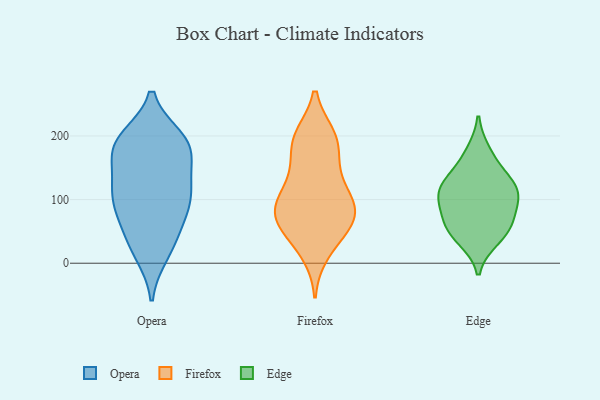
{"axis": {"x": "Tickets Resolved", "y": "Value"}, "legend": ["Edge", "Firefox", "Opera"], "data": [{"x": "", "y": 112, "type": "Opera"}, {"x": "", "y": 125, "type": "Opera"}, {"x": "", "y": 106, "type": "Opera"}, {"x": "", "y": 178, "type": "Opera"}, {"x": "", "y": 180, "type": "Opera"}, {"x": "", "y": 130, "type": "Opera"}, {"x": "", "y": 98, "type": "Opera"}, {"x": "", "y": 76, "type": "Opera"}, {"x": "", "y": 42, "type": "Opera"}, {"x": "", "y": 26, "type": "Opera"}, {"x": "", "y": 193, "type": "Opera"}, {"x": "", "y": 186, "type": "Opera"}, {"x": "", "y": 16, "type": "Opera"}, {"x": "", "y": 195, "type": "Opera"}, {"x": "", "y": 78, "type": "Opera"}, {"x": "", "y": 180, "type": "Opera"}, {"x": "", "y": 17, "type": "Firefox"}, {"x": "", "y": 192, "type": "Firefox"}, {"x": "", "y": 196, "type": "Firefox"}, {"x": "", "y": 89, "type": "Firefox"}, {"x": "", "y": 75, "type": "Firefox"}, {"x": "", "y": 35, "type": "Firefox"}, {"x": "", "y": 87, "type": "Firefox"}, {"x": "", "y": 83, "type": "Firefox"}, {"x": "", "y": 106, "type": "Firefox"}, {"x": "", "y": 56, "type": "Firefox"}, {"x": "", "y": 66, "type": "Firefox"}, {"x": "", "y": 114, "type": "Firefox"}, {"x": "", "y": 70, "type": "Firefox"}, {"x": "", "y": 147, "type": "Firefox"}, {"x": "", "y": 146, "type": "Firefox"}, {"x": "", "y": 199, "type": "Firefox"}, {"x": "", "y": 194, "type": "Firefox"}, {"x": "", "y": 114, "type": "Edge"}, {"x": "", "y": 55, "type": "Edge"}, {"x": "", "y": 114, "type": "Edge"}, {"x": "", "y": 38, "type": "Edge"}, {"x": "", "y": 120, "type": "Edge"}, {"x": "", "y": 110, "type": "Edge"}, {"x": "", "y": 50, "type": "Edge"}, {"x": "", "y": 73, "type": "Edge"}, {"x": "", "y": 175, "type": "Edge"}, {"x": "", "y": 147, "type": "Edge"}, {"x": "", "y": 85, "type": "Edge"}]}